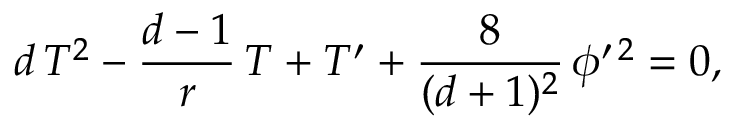
d \, T ^ { 2 } - { \frac { d - 1 } { r } } \, T + T ^ { \prime } + { \frac { 8 } { ( d + 1 ) ^ { 2 } } } \, \phi ^ { \prime \, 2 } = 0 ,